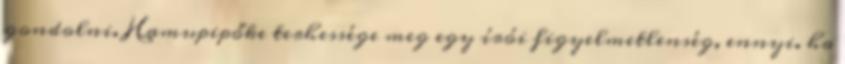
gondolni. Hamupipőke terhessége meg egy írói figyelmetlenség, ennyi. ha